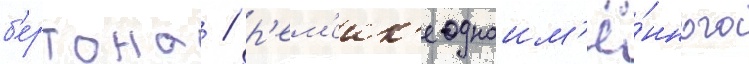
б'ертона / р'ем'еик'е одноим'ё́нного